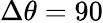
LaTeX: \Delta\theta=90